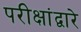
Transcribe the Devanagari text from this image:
परीक्षांद्वारे